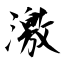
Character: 激